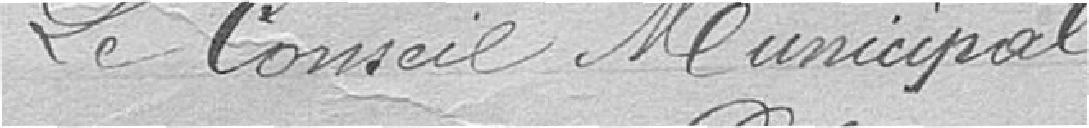
Le Conseil Municipal,